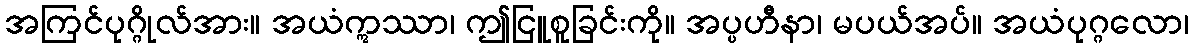
အကြင်ပုဂ္ဂိုလ်အား။ အယံဣဿာ၊ ဤငြူစူခြင်းကို။ အပ္ပဟီနာ၊ မပယ်အပ်။ အယံပုဂ္ဂလော၊